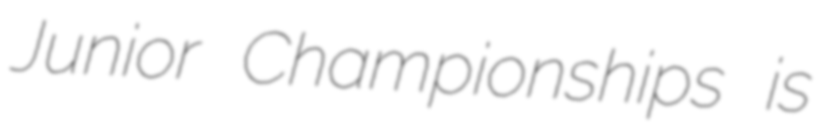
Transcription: Junior Championships is